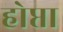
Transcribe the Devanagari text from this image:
होप्ता